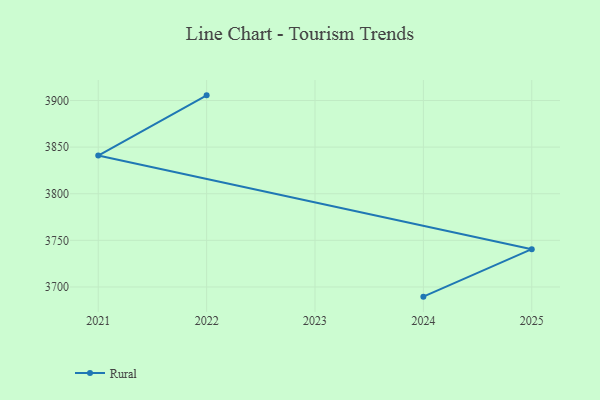
{"axis": {"x": "Year", "y": "Population (Million)"}, "legend": ["Rural"], "data": [{"x": "2022", "y": 3905.5, "type": "Rural"}, {"x": "2021", "y": 3840.9, "type": "Rural"}, {"x": "2025", "y": 3740.5, "type": "Rural"}, {"x": "2024", "y": 3689.6, "type": "Rural"}]}